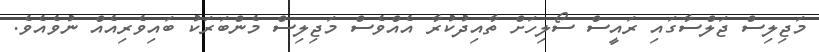
މަޖިލިސް ޖަލްސާގައި ރައީސް ސޯލިހަށް ތާއިދުކުރާ އެއްވެސް މަޖިލިސް މެންބަރަކު ބައިވެރިއެއް ނުވެއެވެ.